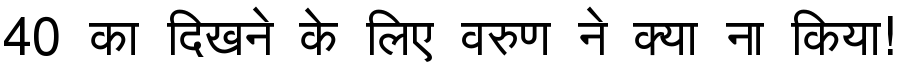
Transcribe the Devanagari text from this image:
40 का दिखने के लिए वरुण ने क्या ना किया!